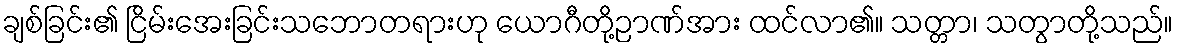
ချစ်ခြင်း၏ ငြိမ်းအေးခြင်းသဘောတရားဟု ယောဂီတို့ဉာဏ်အား ထင်လာ၏။ သတ္တာ၊ သတွာတို့သည်။